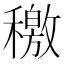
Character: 𥢹